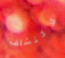
لاكتشاف